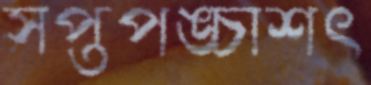
সপ্তপঙ্চাশৎ